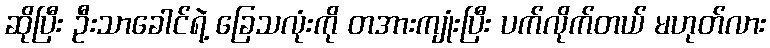
ဆိုပြီး ဦးသာခေါင်ရဲ့ ခြေသလုံးကို တအားကျုံးပြီး ပက်လိုက်တယ် မဟုတ်လား